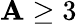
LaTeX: \mathbf{A}\geq3